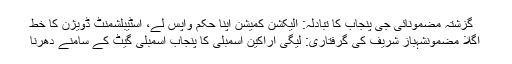
گزشتہ مضمونآئی جی پنجاب کا تبادلہ: الیکشن کمیشن اپنا حکم واپس لے، اسٹیبلشمنٹ ڈویژن کا خط
اگلا مضمونشہباز شریف کی گرفتاری: لیگی اراکین اسمبلی کا پنجاب اسمبلی گیٹ کے سامنے دھرنا